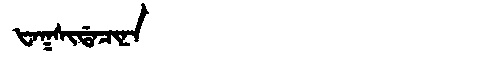
Manchu: ᡶᠠᡴᠰᡳᡩᠠᠴᡳᠨᠠ
Romanization: FAKSIDACINA